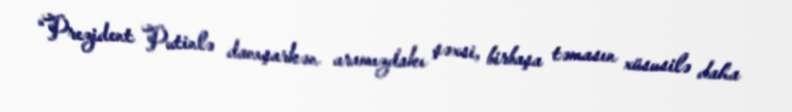
“Prezident Putinlə danışarkən aramızdakı şəxsi, birbaşa təmasın xüsusilə daha